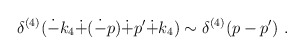
\begin{align*}\delta^{(4)}(\dot{-}k_4\dot{+}(\dot{-}p)\dot{+}p'\dot{+}k_4)\sim \delta^{(4)}(p-p') ~. \end{align*}